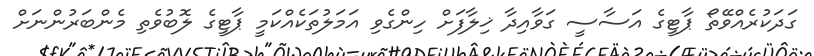
ގަދަކުރެއްވޭތޯ ޕާޓީގެ އަސާސީ ގަވާއިދާ ޚިލާފަށް ހިންގެވި އަމަލުތަކެއްކަމީ ޕާޓީގެ ލޮބުވެތި މެންބަރުންނަށް